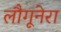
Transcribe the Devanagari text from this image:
लौगूनेरा